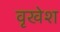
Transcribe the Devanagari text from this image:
वृखेश